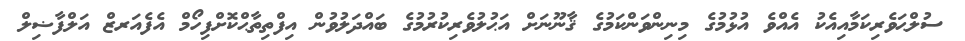
ސުލްޙަވެރިކަމާއިއެކު އެއްވެ އުޅުމުގެ މިނިންވަންކަމުގެ ޤާނޫނަށް އަޙުލުވެރިކުރުމުގެ ބައްދަލުވުން އިފްތިތާޙްކޮށްފިހޯމް އެފެއަރޒް އަލްފާޟިލް